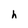
Character: h